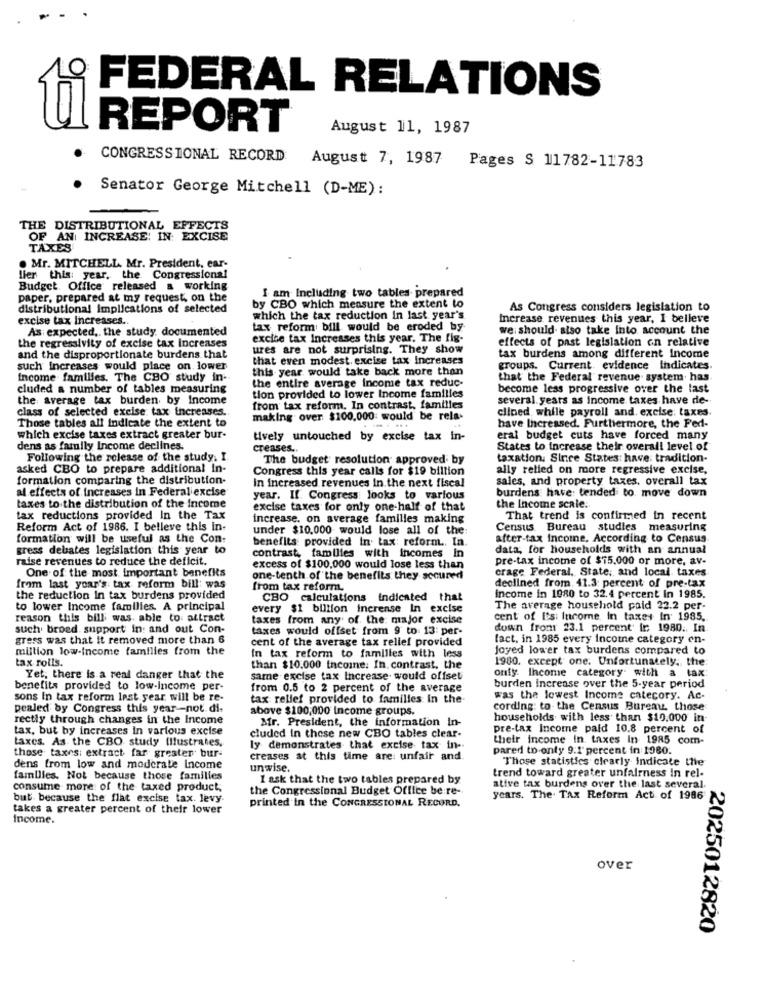
FEDERAL RELATIONS
REPORT
95
August 11, 1987
CONGRESSIONAL RECORD
August 7, 1987 Pages S 11782-11783
Senator George Mitchell (D-ME):
THE DISTRIBUTIONAL EFFECTS
OF AN INCREASE! IN: EXCISE
TAXES
. Mr. MITCHELL Mr. President, ear-
lier this: year. the Congressional
Budget Office released a working
I am Including two tables prepared
paper, prepared at my request, on the
distributional implications of selected
by CBO which measure the extent to
As Congress considers legislation to
excise tax Increases ..
which the tax reduction in last year's
Increase revenues this year, I belleve
As expected, the study documented
tax reform bill would be eroded by
we should also take into account the
excise tax Increases this year. The fig-
effects of past legislation on relative
the regressivity of excise tax Increases
ures are not surprising. They show
and the disproportionate burdens that
that even modest. excise tax Increases
tax burdens among different Income
such increases would place on lower
this year would take back more than
groups. Current evidence Indicates.
Income families. The CBO study in-
the entire average income tax reduc-
that the Federal revenue system. has
cluded a number of tables measuring
become less progressive over the last
the average tax burden by Income
tion provided to lower Income familles
several years as income taxes have de-
class of selected excise tax increases.
from tax reform. In contrast, families
clined while payroll and. excise: taxes
Those tables all indicate the extent to
making over $100,000 would be rela-
have Increased. Furthermore, the Fed-
which excise taxes extract greater bur-
tively untouched by excise tax in-
eral budget cuts have forced many
dens as family Income declines.
creases ..
States to increase their overall level of
Following the release of the study. I.
The budget resolution approved by
taxation. Since States: have tradition-
asked CBO to prepare additional in-
Congress this year calls for $19 billion
ally relied on more regressive excise,
formation comparing the distribution.
sales, and property taxes, overall tax
al effects of increases in Federal excise
In increased revenues In.the next fiscal
burdens have: tended to move down
year. If. Congress looks to various
taxes to the distribution of the income
excise taxes for only one-half of that
the Income scale.
tax reductions provided In the Tax
increase, on average familles making
That trend is confirmed in recent
Reform Act of 1986. I believe this in-
under $10,000 would lose all of the
Census Bureau studies measuring
formation will be useful as the Con:
benefits provided in. tax: reform .. In.
after-tax income. According to Census.
gress debates legislation this year to
data, for households with an annual
raise revenues to reduce the deficit.
contrast, families with incomes In
pre-tax income of $75.000 or more, av-
excess of $100,000 would lose less than
crage Federal, State; and local taxes
One of the most important benefits
one-tenth of the benefits they scoured
from last year's tax reform bill: was
from tax reform.
declined from. 41.3 percent of pre-tax
the reduction In tax burdens provided
CBO calculations indicated that
Income in 1080 to 32.4 percent in 1985.
to lower Income families. A principal
every $1 billion increase In excise
The average household paid 22.2 per-
reason this bill; was able to attract
taxes from any of the major excise
cent of Isi Income In taxes In 1985,
such broed support in: and out Con-
taxes would offset from 9 to 13: per-
down from 23.1 percent ic: 1980 .. In
gress was that it removed more than 6
cent of the average tax relief provided
fact, in 1985 every income category en-
million low-income families from the
Joyed lower tax burdens compared to
tax rolls.
In tax reform to families with less
1980. except one. Unfortunately, the
than $10.000 income: In. contrast, the
Yet. there Is a real danger that the
same excise tax Increase would offset
onfy. Ihcome category with a tax
benefits provided to low-income per-
from 0.5 to 2 percent of the average
burden increase over the 5-year period
sons In tax reform last year will be re-
tax relief provided to familles In the
was the lowest Income category. Ac-
pealed by Congress this year-not di-
above $100,000 Income groups.
cording: to the Census Bureau those
rectly through changes in the Income
Mr. President, the information In-
households with less than $10.000 in-
tax, but by increases in various excise
pre-tax Income paid 10.8 percent of
taxes. As the CBO study Illustrates.
cluded in these new CBO tables clear-
their income In. taxes In 1985 com-
ly demonstrates that excise tax in-
pared to onty 9.1' percent in 1980.
those taxes: extract far greater bur-
creases at this time are: unfair and.
Those statistics clearly Indicate the
dens from low and moderate Income
unwise.
families. Not because those families
I ask that the two tables prepared by
trend toward greater unfairness In rel-
consume more of the taxed product,
the Congressional Budget Office be re-
ative tax burdens over the last several.
but because the flat excise tax. levy.
years. The. TAX Reform Act of 1986
takes a greater percent of their lower
printed in the CONGRESSIONAL RECORD.
Income.
over
2025012820